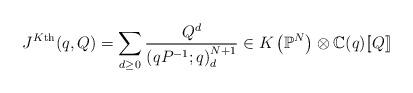
LaTeX: \begin{align*} J^{K\textnormal{th}}(q,Q) = \sum_{d \geq 0} \frac{Q^d}{\left(qP^{-1};q\right)_d^{N+1}} \in K \left( \mathbb{P}^N \right) \otimes \mathbb{C}(q) [\![Q]\!] \end{align*}